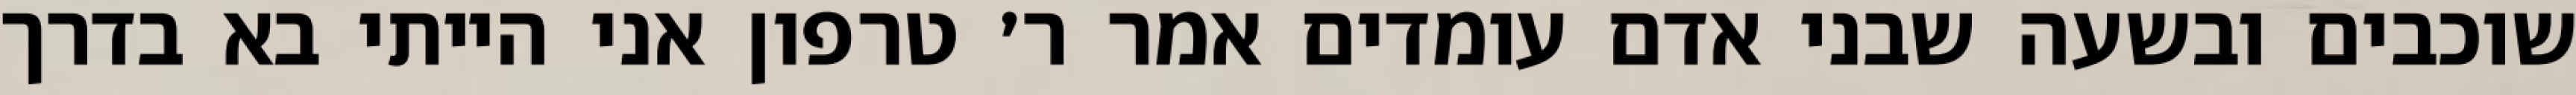
שוכבים ובשעה שבני אדם עומדים אמר ר׳ טרפון אני הייתי בא בדרך